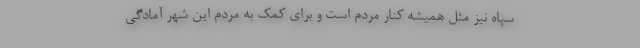
سپاه نیز مثل همیشه کنار مردم است و برای کمک به مردم این شهر آمادگی